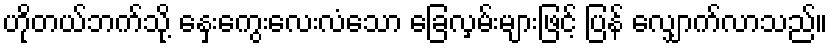
ဟိုတယ်ဘက်သို့ နှေးကွေးလေးလံသော ခြေလှမ်းများဖြင့် ပြန် လျှောက်လာသည်။